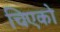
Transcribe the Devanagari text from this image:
चिएको